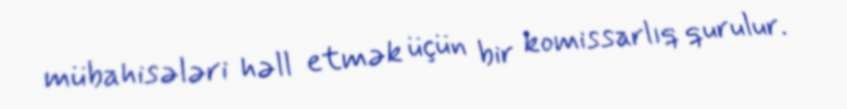
mübahisələri həll etmək üçün bir komissarlıq qurulur.